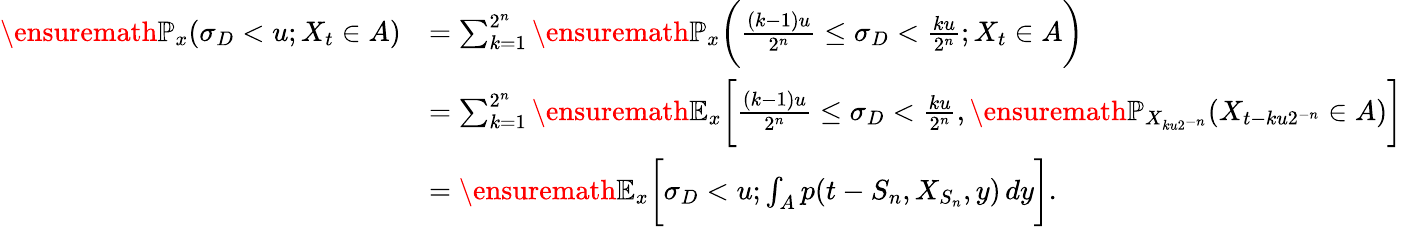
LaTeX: \begin{array}{rl}{\ensuremath{\mathbb{P}}_{x}(\sigma_{D}<u;X_{t}\in A)}&{=\sum_{k=1}^{2^{n}}\ensuremath{\mathbb{P}}_{x}\bigg(\frac{(k-1)u}{2^{n}}\leq\sigma_{D}<\frac{ku}{2^{n}};X_{t}\in A\bigg)}\\ &{=\sum_{k=1}^{2^{n}}\ensuremath{\mathbb{E}}_{x}\bigg[\frac{(k-1)u}{2^{n}}\leq\sigma_{D}<\frac{ku}{2^{n}},\ensuremath{\mathbb{P}}_{X_{ku2^{-n}}}(X_{t-ku2^{-n}}\in A)\bigg]}\\ &{=\ensuremath{\mathbb{E}}_{x}\bigg[\sigma_{D}<u;\int_{A}p(t-S_{n},X_{S_{n}},y)\, dy\bigg].}\end{array}